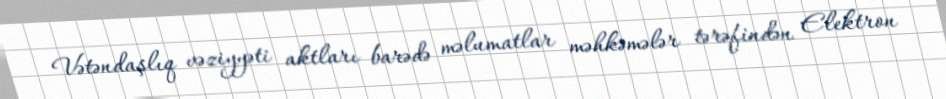
Vətəndaşlıq vəziyyəti aktları barədə məlumatlar məhkəmələr tərəfindən Elektron